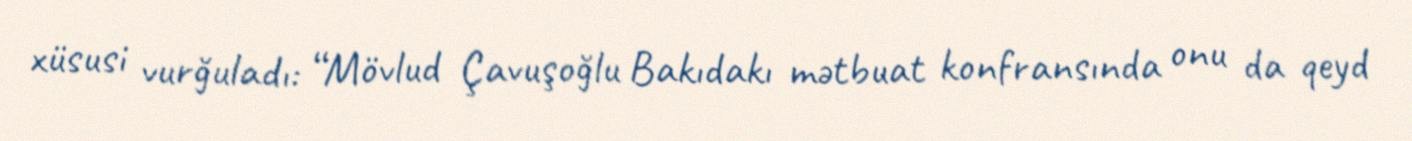
xüsusi vurğuladı: “Mövlud Çavuşoğlu Bakıdakı mətbuat konfransında onu da qeyd